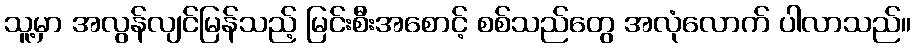
သူ့မှာ အလွန်လျင်မြန်သည့် မြင်းစီးအစောင့် စစ်သည်တွေ အလုံလောက် ပါလာသည်။